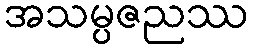
အသမ္ပဇညဿ